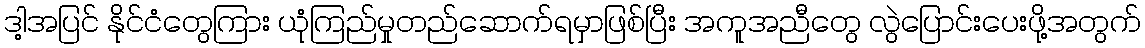
ဒါ့အပြင် နိုင်ငံတွေကြား ယုံကြည်မှုတည်ဆောက်ရမှာဖြစ်ပြီး အကူအညီတွေ လွဲပြောင်းပေးဖို့အတွက်